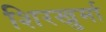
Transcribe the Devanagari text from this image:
शिरखुर्मा